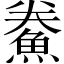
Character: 鮝